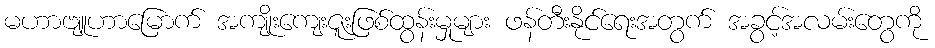
မဟာဗျူဟာမြောက် အကျိုးကျေးဇူးဖြစ်ထွန်းမှုများ ဖန်တီးနိုင်ရေးအတွက် အခွင့်အလမ်းတွေကို